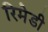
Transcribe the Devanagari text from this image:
रिमेडी